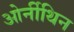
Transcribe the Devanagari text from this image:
ओर्नीथिन